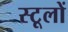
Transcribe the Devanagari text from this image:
स्टूलों